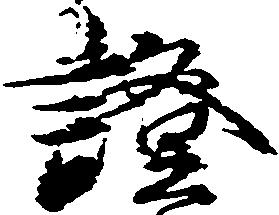
証